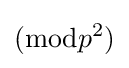
({\textrm {mod}}p^{2})